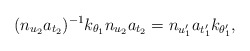
\begin{align*} (n_{u_2}a_{t_2})^{-1} k_{\theta_1} n_{u_2}a_{t_2} = n_{u_1'}a_{t_1'}k_{\theta_1'},\end{align*}